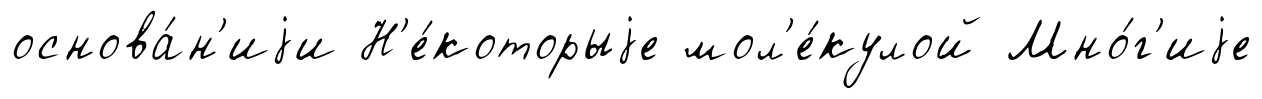
основа́н'иjи Н'е́которыjе мол'е́кулой Мно́г'иjе